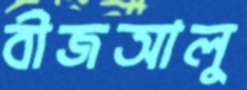
বীজআলু